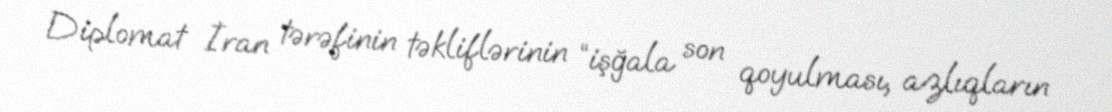
Diplomat İran tərəfinin təkliflərinin “işğala son qoyulması, azlıqların